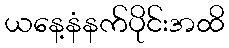
ယနေ့နံနက်ပိုင်းအထိ